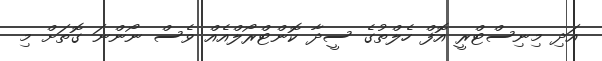
އަދި މިނިސްޓްރީ އޮފް ހެލްތުގެ ސީދާ ކޮންޓްރޯލްއެއް ވެސް ނޯންނަ ގޮތަށް މި